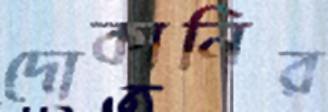
দোকানির